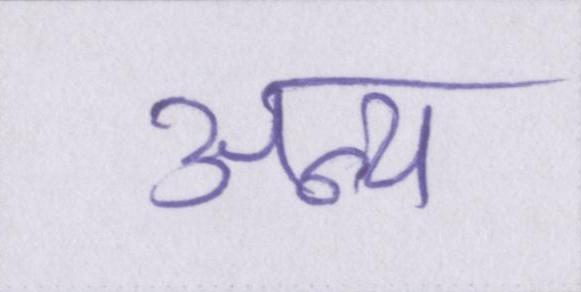
अन्य